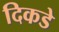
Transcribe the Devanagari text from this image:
दिकडे